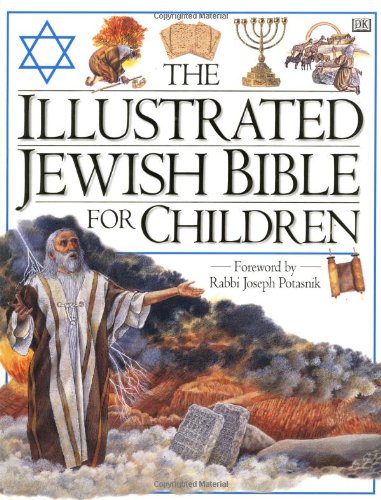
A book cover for Illustrated Jewish Bible for Children; Selina Hastings; Children's Books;